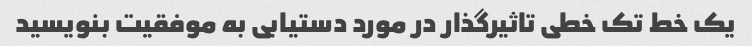
یک خط تک خطی تاثیرگذار در مورد دستیابی به موفقیت بنویسید